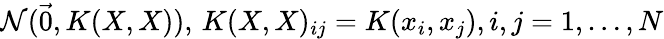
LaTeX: \mathcal{N}(\vec{0},K(X,X)),\, K(X,X)_{ij}=K(x_{i},x_{j}),i,j=1,\ldots,N